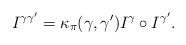
LaTeX: \begin{align*}I^{\gamma \gamma'} = \kappa_\pi (\gamma,\gamma') I^\gamma \circ I^{\gamma'} . \end{align*}